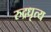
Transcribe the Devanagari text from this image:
रुद्रधृत्य